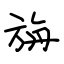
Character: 旃